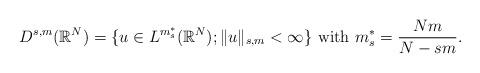
LaTeX: \begin{align*}D^{s,m}(\mathbb{R}^{N}) = \{u \in L^{m_{s}^*}(\mathbb{R}^N) ; \Vert u \Vert_{s,m} < \infty \} \ \mbox{with} \ m_{s}^* = \frac{Nm}{N - sm}.\end{align*}